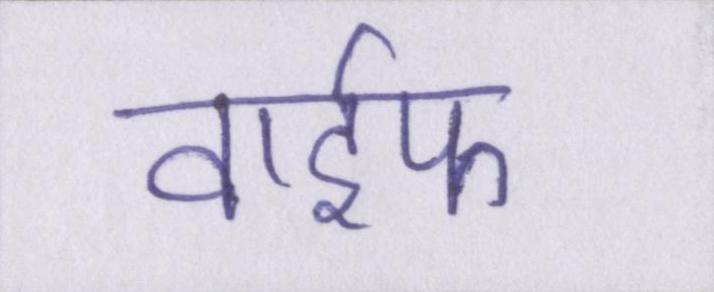
वाईफ